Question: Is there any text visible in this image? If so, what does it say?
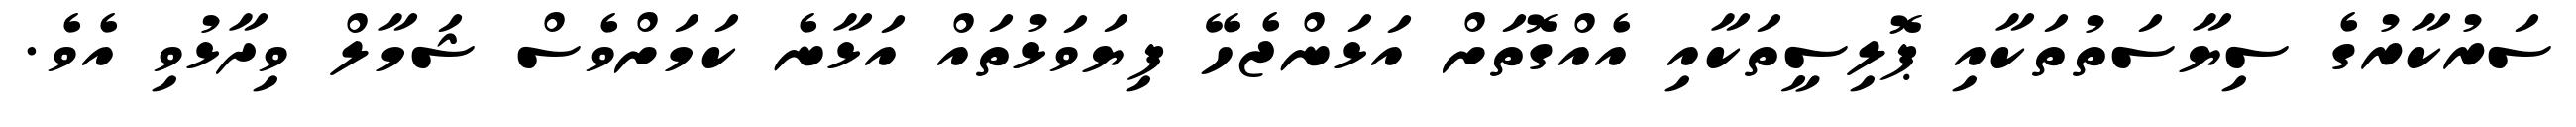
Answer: ސަރުކާރުގެ ސިޔާސަތުތަކާއި ޕޮލިސީތަކާއި އެއްގޮތަށް އަޅަންޖެހޭ ފިޔަވަޅުތައް އަޅާނެ ކަމަށްވެސް ޝަމާލް ވިދާޅުވި އެވެ.